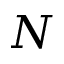
{ \cal N }